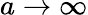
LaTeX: a\to\infty